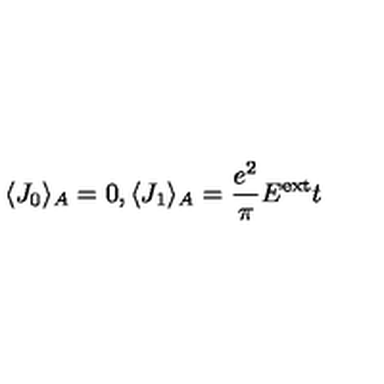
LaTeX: \langle J _ { 0 } \rangle _ { A } = 0 , \langle J _ { 1 } \rangle _ { A } = \frac { e ^ { 2 } } { \pi } E ^ { \mathrm { e x t } } t